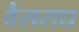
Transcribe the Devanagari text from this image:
वैसराद्य